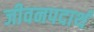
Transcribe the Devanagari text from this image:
जीवनपदार्थ